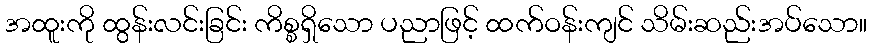
အထူးကို ထွန်းလင်းခြင်း ကိစ္စရှိသော ပညာဖြင့် ထက်ဝန်းကျင် သိမ်းဆည်းအပ်သော။